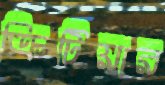
ক্রিটিয়ার